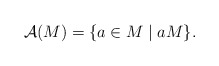
\begin{align*}\mathcal{A}(M) = \{a \in M \mid a M\}.\end{align*}